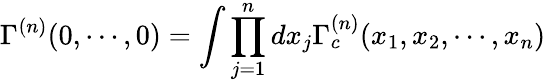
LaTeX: \Gamma^{(n)}(0,\cdots,0)=\int\prod_{j=1}^{n}dx_{j}\Gamma_{c}^{(n)}(x_{1},x_{2},\cdots,x_{n})